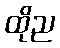
ထိုည